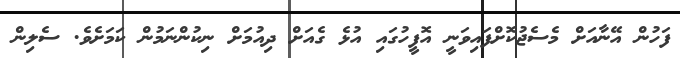
ފަހުން އޭނާއަށް މެސެޖުކޮށްފައިވަނީ އޮފީހުގައި އުޅެ ގެއަށް ދިއުމަށް ނިކުންނަމުން ކަމަށެވެ. ސެލިން